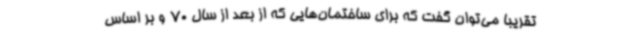
تقریبا می‌توان گفت که برای ساختمان‌هایی که از بعد از سال 70 و بر اساس